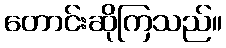
တောင်းဆိုကြသည်။